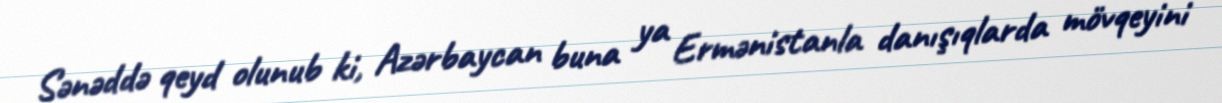
Sənəddə qeyd olunub ki, Azərbaycan buna ya Ermənistanla danışıqlarda mövqeyini